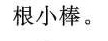
根小棒。